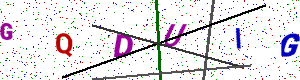
Text: GQDUIG